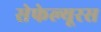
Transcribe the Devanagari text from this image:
सेफेल्यूरस